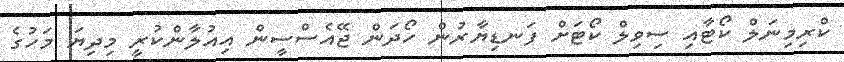
ކްރިމިނަލް ކޯޓާއި ސިވިލް ކޯޓަށް ފަނޑިޔާރުން ހޯދަން ޖޭއެސްސީން އިއުލާންކުރީ މިދިޔަ މަހުގެ